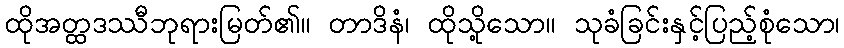
ထိုအတ္ထဒဿီဘုရားမြတ်၏။ တာဒိနံ၊ ထိုသို့သော။ သုခံခြင်းနှင့်ပြည့်စုံသော၊